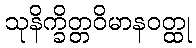
သုနိက္ခိတ္တဝိမာနဝတ္ထု